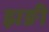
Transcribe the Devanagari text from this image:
झङी